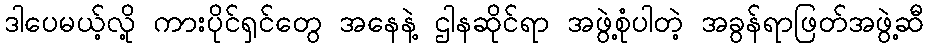
ဒါပေမယ့်လို့ ကားပိုင်ရှင်တွေ အနေနဲ့ ဌါနဆိုင်ရာ အဖွဲ့စုံပါတဲ့ အခွန်ရာဖြတ်အဖွဲ့ဆီ